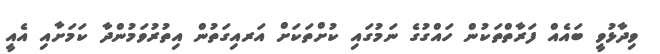
ވިދާޅުވީ ބައެއް ފަރާތްތަކުން ހައްގުގެ ނަމުގައި ކުށްތަކަށް އަރއިގަތުން އިތުރުވަމުންދާ ކަމަށާއި އެއީ